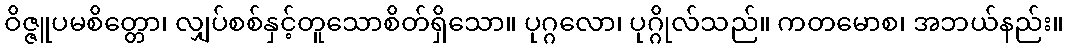
ဝိဇ္ဇူပမစိတ္တော၊ လျှပ်စစ်နှင့်တူသောစိတ်ရှိသော။ ပုဂ္ဂလော၊ ပုဂ္ဂိုလ်သည်။ ကတမောစ၊ အဘယ်နည်း။